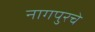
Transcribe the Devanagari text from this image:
नागपुरचे